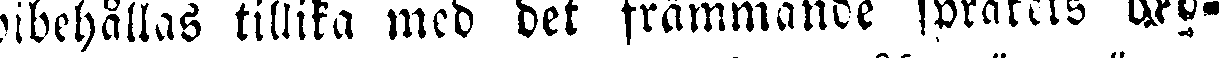
bibehållas tillika med det främmande språkets ord-